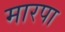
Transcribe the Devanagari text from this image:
मारपा